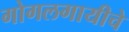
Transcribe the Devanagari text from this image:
गोगलगायीचे